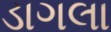
ડાગલા